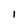
Character: I